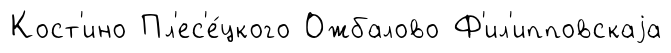
Кост'ино Пл'ес'е́цкого Ожбалово Ф'ил'ипповскаjа